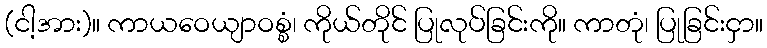
(ငါ့အား)။ ကာယဝေယျာဝစ္စံ၊ ကိုယ်တိုင် ပြုလုပ်ခြင်းကို။ ကာတုံ၊ ပြုခြင်းငှာ။